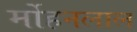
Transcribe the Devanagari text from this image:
र्मोहनलाल